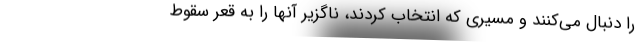
را دنبال می‌کنند و مسیری که انتخاب کردند، ناگزیر آنها را به قعر سقوط